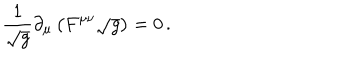
{ \frac { 1 } { \sqrt g } } \partial _ { \mu } \left( F ^ { \mu \nu } \sqrt { g } \right) = 0 \, .